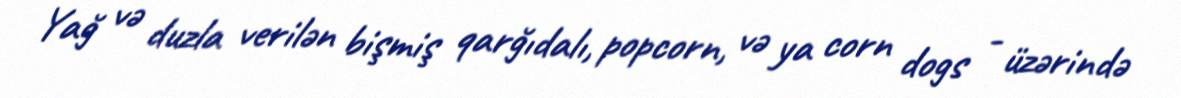
Yağ və duzla verilən bişmiş qarğıdalı, popcorn, və ya corn dogs - üzərində